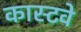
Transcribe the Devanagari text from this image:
कास्टवे